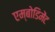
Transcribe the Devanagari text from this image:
एम्बोडिमेंट